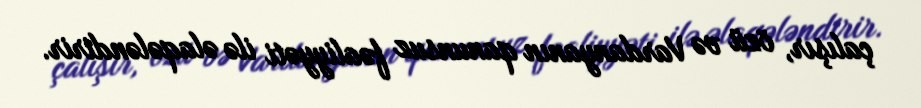
çalışır, özü və Vardanyanın qanunsuz fəaliyyəti ilə əlaqələndirir.